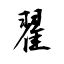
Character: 翟